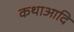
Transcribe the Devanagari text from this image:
कथाआदि